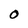
Character: 0